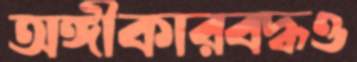
অঙ্গীকারবদ্ধও